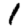
Digit: 1